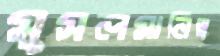
মুসলমানিত্ব